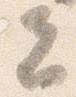
者